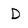
Character: D